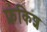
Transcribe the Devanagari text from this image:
फ्रंकिश